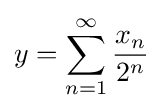
y=\sum _{n=1}^{\infty }{\frac {x_{n}}{2^{n}}}